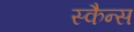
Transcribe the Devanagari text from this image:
स्कैन्स